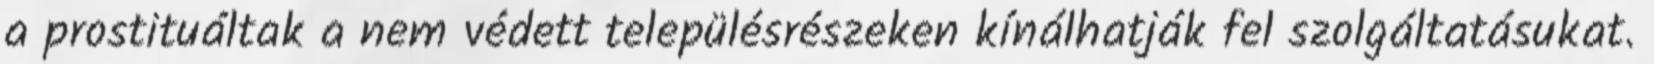
a prostituáltak a nem védett településrészeken kínálhatják fel szolgáltatásukat.